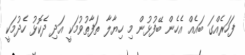
ފަހަރެއްގަ ބައެއް އެހެން ބޭފުޅުން މި ހިޔާލާ ތަފާތުވުމަކީ އަދި ދެކޮޅު ހެދުމަކީ